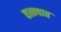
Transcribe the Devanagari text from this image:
तत्क्यात